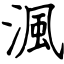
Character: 渢